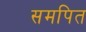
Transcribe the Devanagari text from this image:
समपित